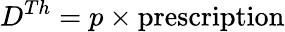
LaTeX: D^{Th}=p\times\mathrm{prescription}